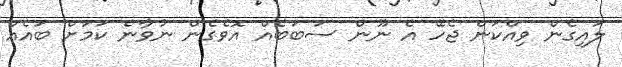
ލައިގެން ވިއްކަން ޖެހޭ އެ ނޫން ސަބަބެއް އޮވެގެން ނުވާނެ ކަމަށް ބައެއް